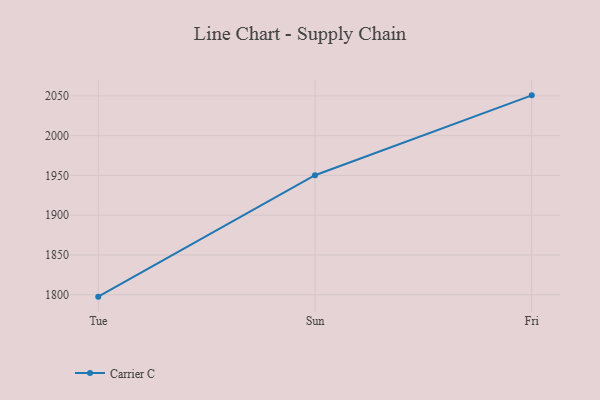
{"axis": {"x": "Day", "y": "Inventory Turnover"}, "legend": ["Carrier C"], "data": [{"x": "Tue", "y": 1797.7, "type": "Carrier C"}, {"x": "Sun", "y": 1950.3, "type": "Carrier C"}, {"x": "Fri", "y": 2050.6, "type": "Carrier C"}]}